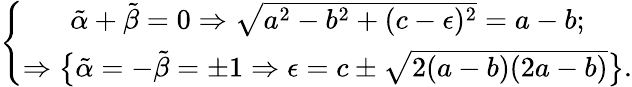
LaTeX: \left\{ \begin{array}{c}{{\tilde{\alpha}+\tilde{\beta}=0\Rightarrow\sqrt{a^{2}-b^{2}+(c-\epsilon)^{2}}=a-b;}}\\ {{\Rightarrow\big\{ \tilde{\alpha}=-\tilde{\beta}=\pm 1\Rightarrow\epsilon=c\pm\sqrt{2(a-b)(2a-b)}\big\} .}}\end{array}\right.